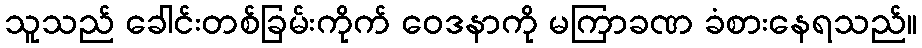
သူသည် ခေါင်းတစ်ခြမ်းကိုက် ဝေဒနာကို မကြာခဏ ခံစားနေရသည်။